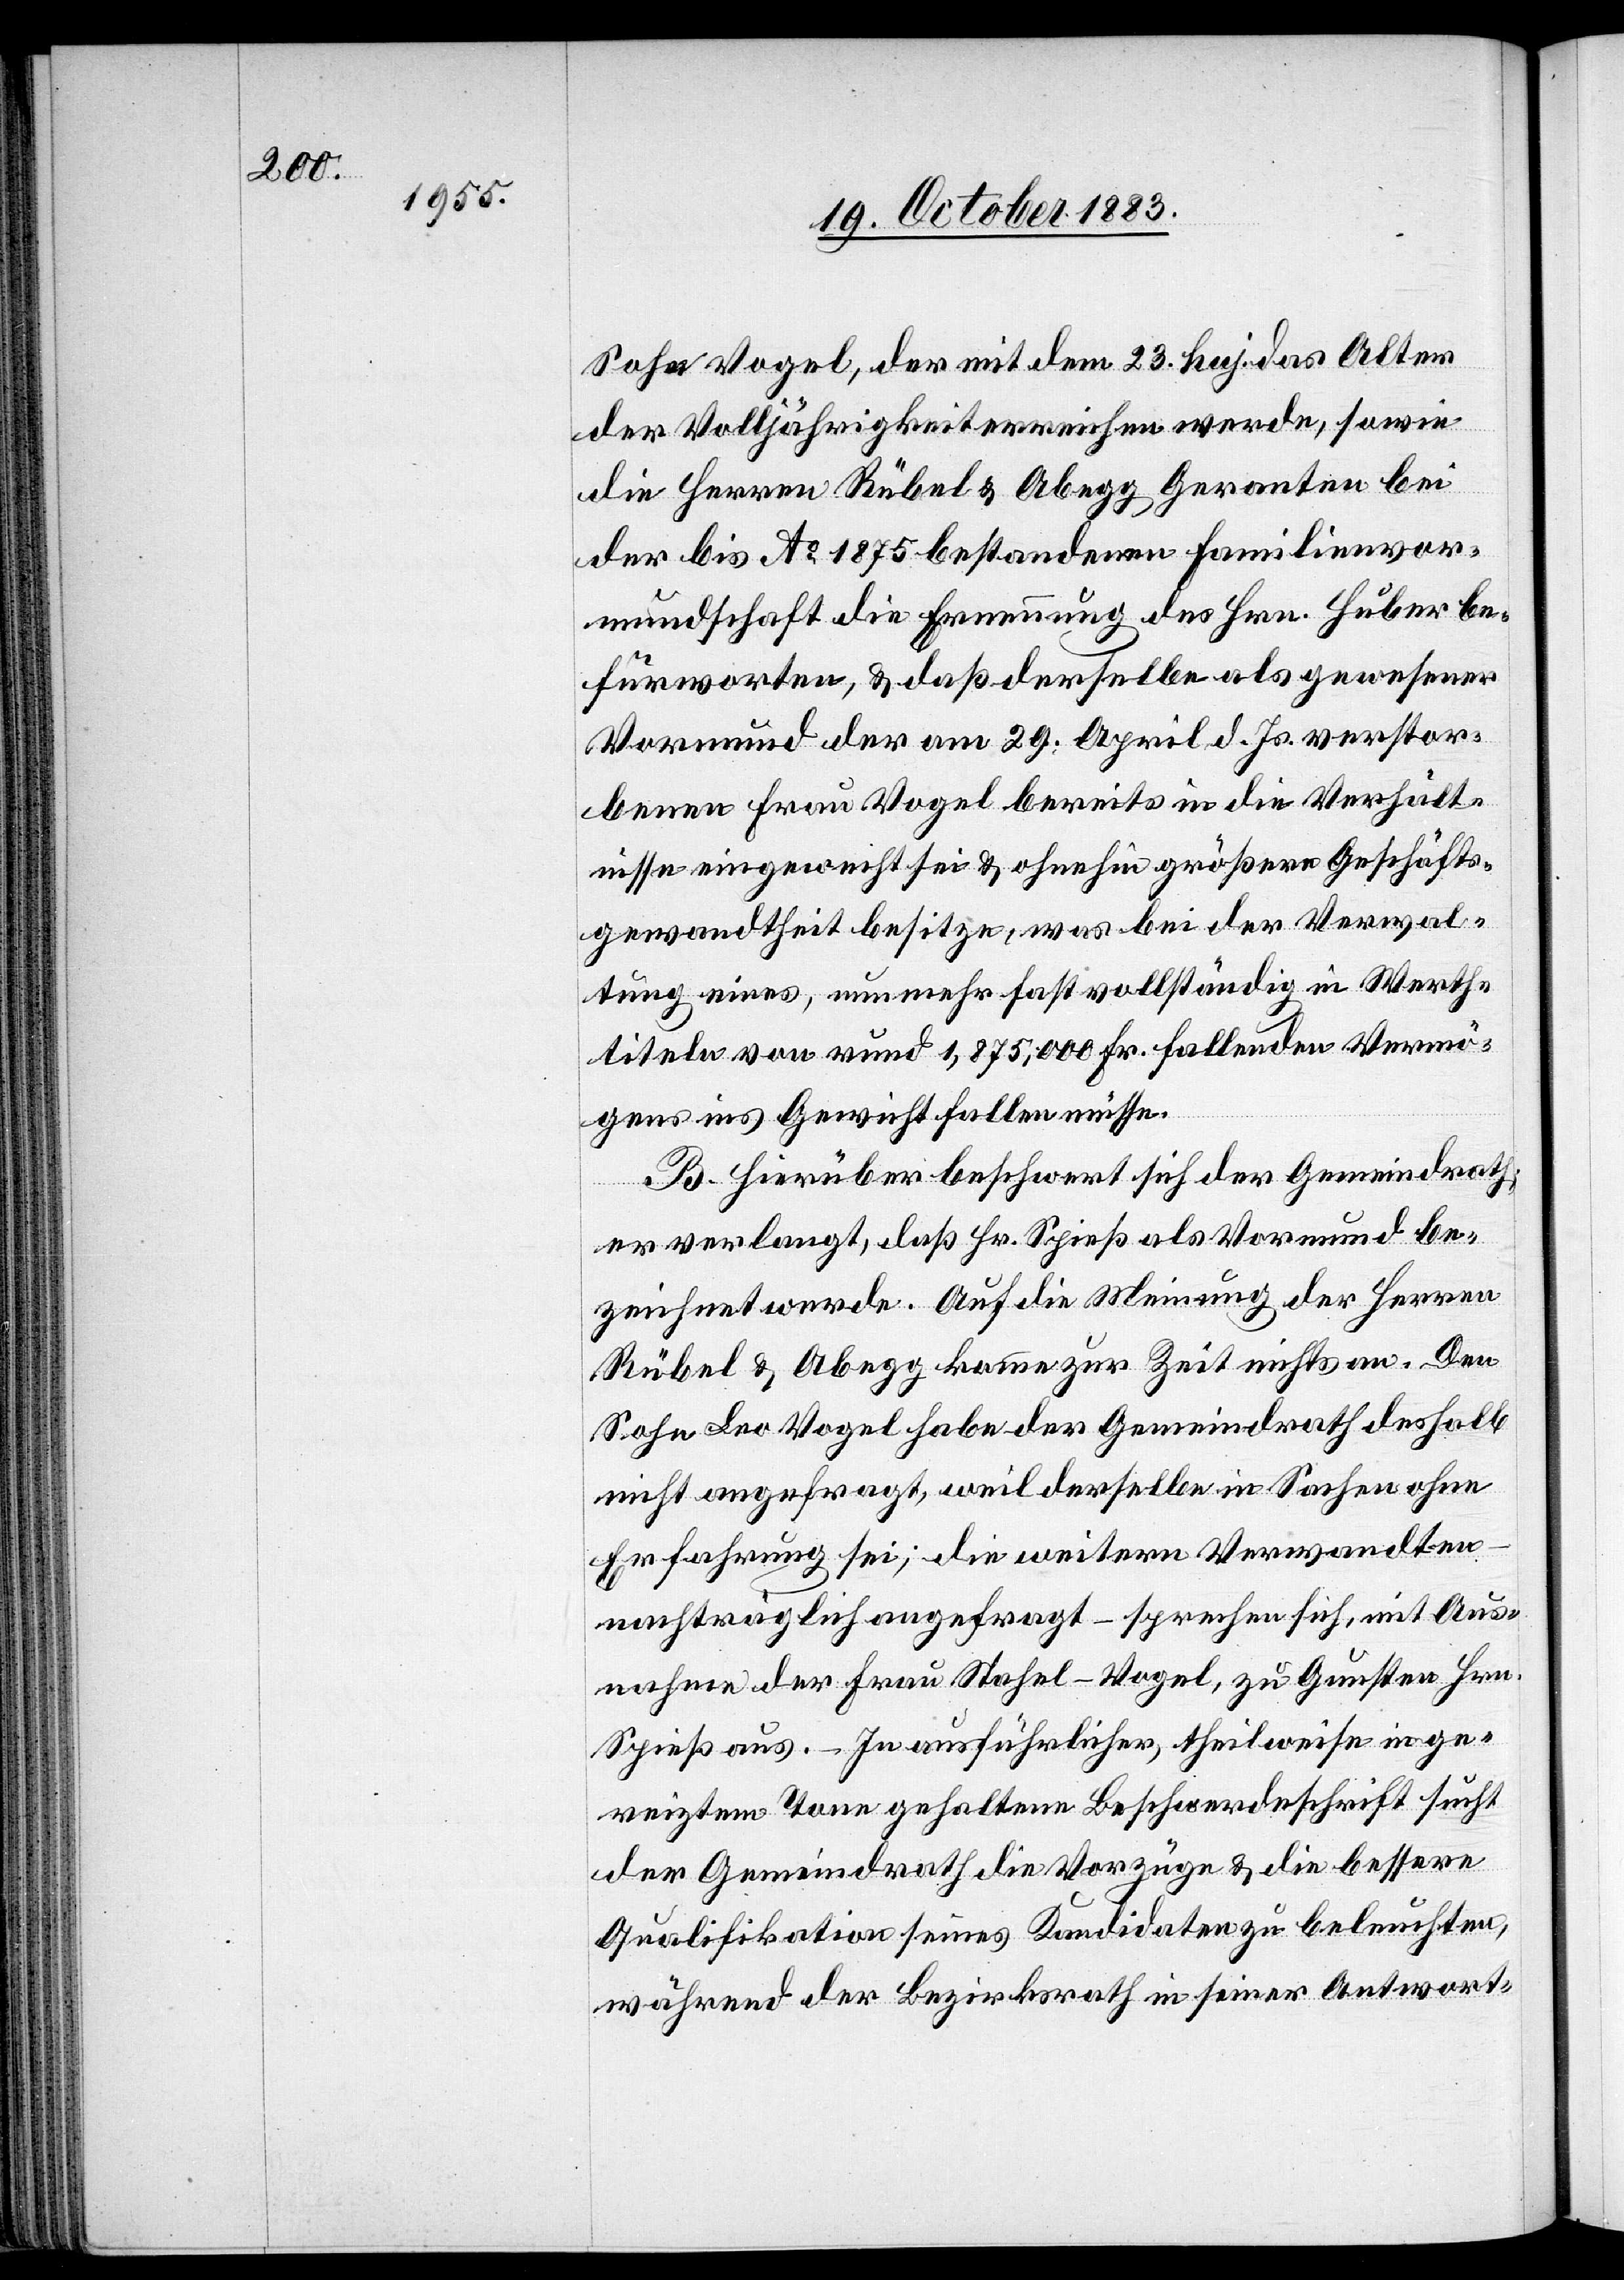
Sohn Vogel, der mit dem 23. huj. das Alter
der Volljährigkeit erreichen werde, sowie
die Herren Rübel & Abegg Geranten bei
der bis Ao 1875 bestandenen Familienvor¬
mundschaft die Ernennung des Hrn. Huber be¬
fürworten, & daß derselbe als gewesener
Vormund der am 29. April d. Js. verstor¬
benen Frau Vogel bereits in die Verhält¬
nisse eingereicht sei & ohnehin größere Geschäfts¬
gewandtheit besitze, was bei der Verwal¬
tung eines, nunmehr fast vollständig in Werth¬
titeln von rund 1,875,000 Fr. fallenden Vermö¬
gens ins Gewicht fallen müsse.
B. Hierüber beschwert sich der Gemeindrath;
er verlangt, daß Hr. Spieß als Vormund be¬
zeichnet werde. Auf die Meinung der Herren
Rübel & Abegg komme zur Zeit nichts an. Den
Sohn Leo Vogel habe der Gemeindrath deshalb
nicht angefragt, weil derselbe in Sachen ohne
Erfahrung sei; die weitern Verwandten
nachträglich angefragt – sprechen sich, mit Aus¬
nahme der Frau Stahel-Vogel, zu Gunsten Hrn.
Spieß aus. – In ausführlicher, theilweise in ge¬
reiztem Tone gehaltene Beschwerdeschrift sucht
der Gemeindrath die Vorzüge & die bessere
Qualifikation seines Kandidaten zu beleuchten,
während der Bezirksrath in seiner Antwort-